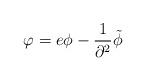
LaTeX: \begin{align*}\varphi=e\phi-{1\over\partial^2}\tilde\phi\end{align*}